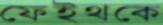
ফেইথকে